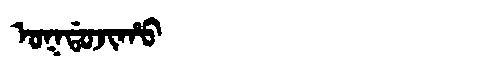
Manchu: ᠣᡴᡩᠣᠵᡳᡥᠣ
Romanization: OKDOJIHO